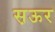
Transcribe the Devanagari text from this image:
स़ऊर